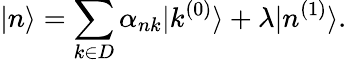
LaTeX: |n\rangle=\sum_{k\in D}\alpha_{nk}|k^{(0)}\rangle+\lambda|n^{(1)}\rangle.